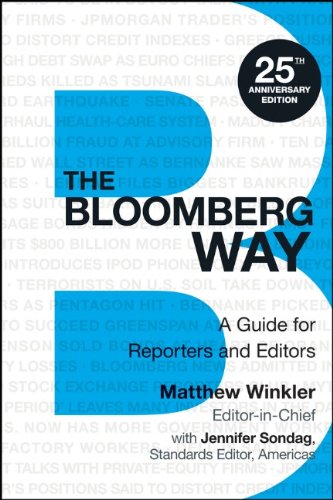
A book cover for The Bloomberg Way: A Guide for Reporters and Editors; Matthew Winkler; Reference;